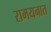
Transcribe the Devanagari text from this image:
रामयनात